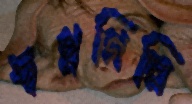
স্বপ্নগিরি